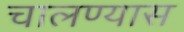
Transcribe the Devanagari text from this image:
चालण्यास